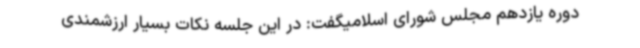
دوره یازدهم مجلس شورای اسلامیگفت: در این جلسه نکات بسیار ارزشمندی